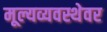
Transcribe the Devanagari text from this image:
मूल्यव्यवस्थेवर